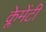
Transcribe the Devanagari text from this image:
क्लेमेंटी